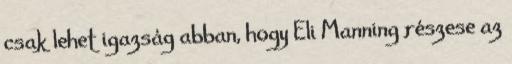
csak lehet igazság abban, hogy Eli Manning részese az